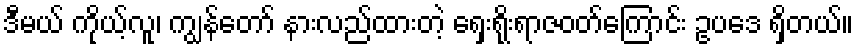
ဒီမယ် ကိုယ့်လူ၊ ကျွန်တော် နားလည်ထားတဲ့ ရှေးရိုးရာဇဝတ်ကြောင်း ဥပဒေ ရှိတယ်။